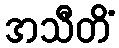
အသီတိံ